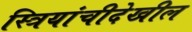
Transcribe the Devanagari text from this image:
स्त्रियांचीदेखील